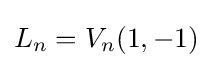
L_{n}=V_{n}(1,-1)